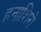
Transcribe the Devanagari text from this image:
हनाशिरो